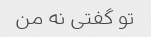
تو گفتی نه من